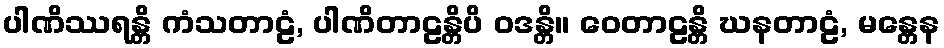
ပါဏိဿရန္တိ ကံသတာဠံ, ပါဏိတာဠန္တိပိ ဝဒန္တိ။ ဝေတာဠန္တိ ဃနတာဠံ, မန္တေန